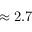
\approx 2 . 7